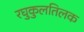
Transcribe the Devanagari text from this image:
रघुकुलतिलक